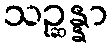
သဉ္ဆန္နာ